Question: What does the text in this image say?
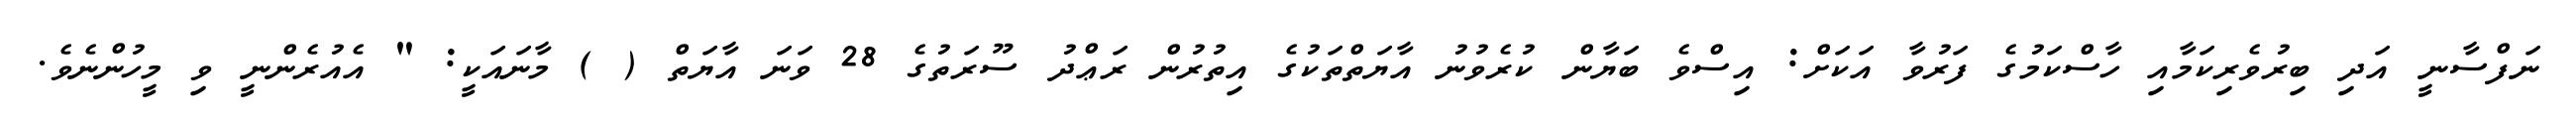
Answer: ނަފްސާނީ އަދި ބިރުވެރިކަމާއި ހާސްކަމުގެ ފަރުވާ އަކަށް: އިސްވެ ބަޔާން ކުރެވުނު އާޔަތްތަކުގެ އިތުރުން ރަޢްދު ސޫރަތުގެ 28 ވަނަ އާޔަތް ( ) މާނައަކީ: " އެއުރެންނީ ވި މީހުންނެވެ.